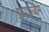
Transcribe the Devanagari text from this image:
फ्राइजेम